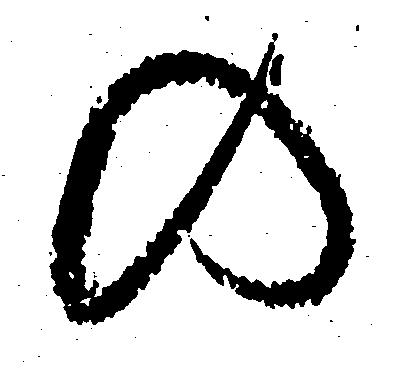
の